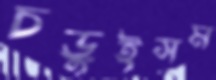
চড়ুইসম